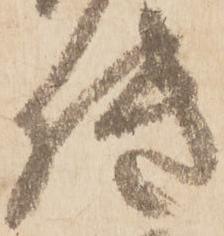
機